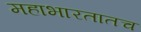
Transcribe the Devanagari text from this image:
महाभारतातच